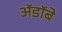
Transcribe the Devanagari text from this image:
ॲडॉबे